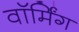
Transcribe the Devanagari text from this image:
वाॅर्मिंग